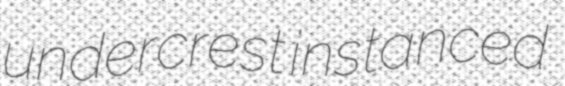
undercrest instanced